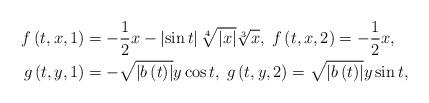
LaTeX: \begin{align*}f\left( t,x,1\right) & =-\frac{1}{2}x-\left \vert \sin t\right \vert\sqrt[4]{\left \vert x\right \vert }\sqrt[3]{x},\;f\left( t,x,2\right)=-\frac{1}{2}x,\\g\left( t,y,1\right) & =-\sqrt{\left \vert b\left( t\right) \right \vert}y\cos t,\;g\left( t,y,2\right) =\sqrt{\left \vert b\left( t\right)\right \vert }y\sin t,\end{align*}